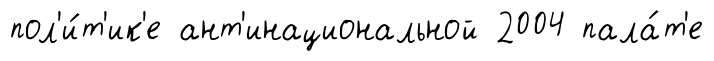
пол'и́т'ик'е ант'инациональной 2004 пала́т'е